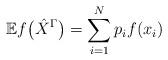
LaTeX: \begin{align*} \mathbb{E} f \big(\hat{X}^{\Gamma} \big) = \sum_{i=1}^N p_i f(x_i)\end{align*}